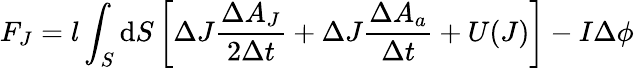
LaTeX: F_{J}=l\int_{S}\mathrm{d}S\left[\Delta J\frac{\Delta A_{J}}{2\Delta t}+\Delta J\frac{\Delta A_{a}}{\Delta t}+U(J)\right]-I\Delta\phi